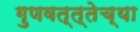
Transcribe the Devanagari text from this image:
गुणवत्त्तेच्या